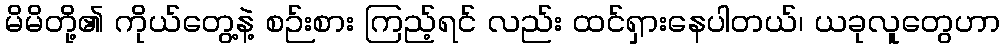
မိမိတို့၏ ကိုယ်တွေ့နဲ့ စဉ်းစား ကြည့်ရင် လည်း ထင်ရှားနေပါတယ်၊ ယခုလူတွေဟာ